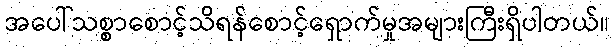
အပေါ်သစ္စာစောင့်သိရန်စောင့်ရှောက်မှုအများကြီးရှိပါတယ်။